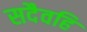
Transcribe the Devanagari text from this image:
सदैवहि